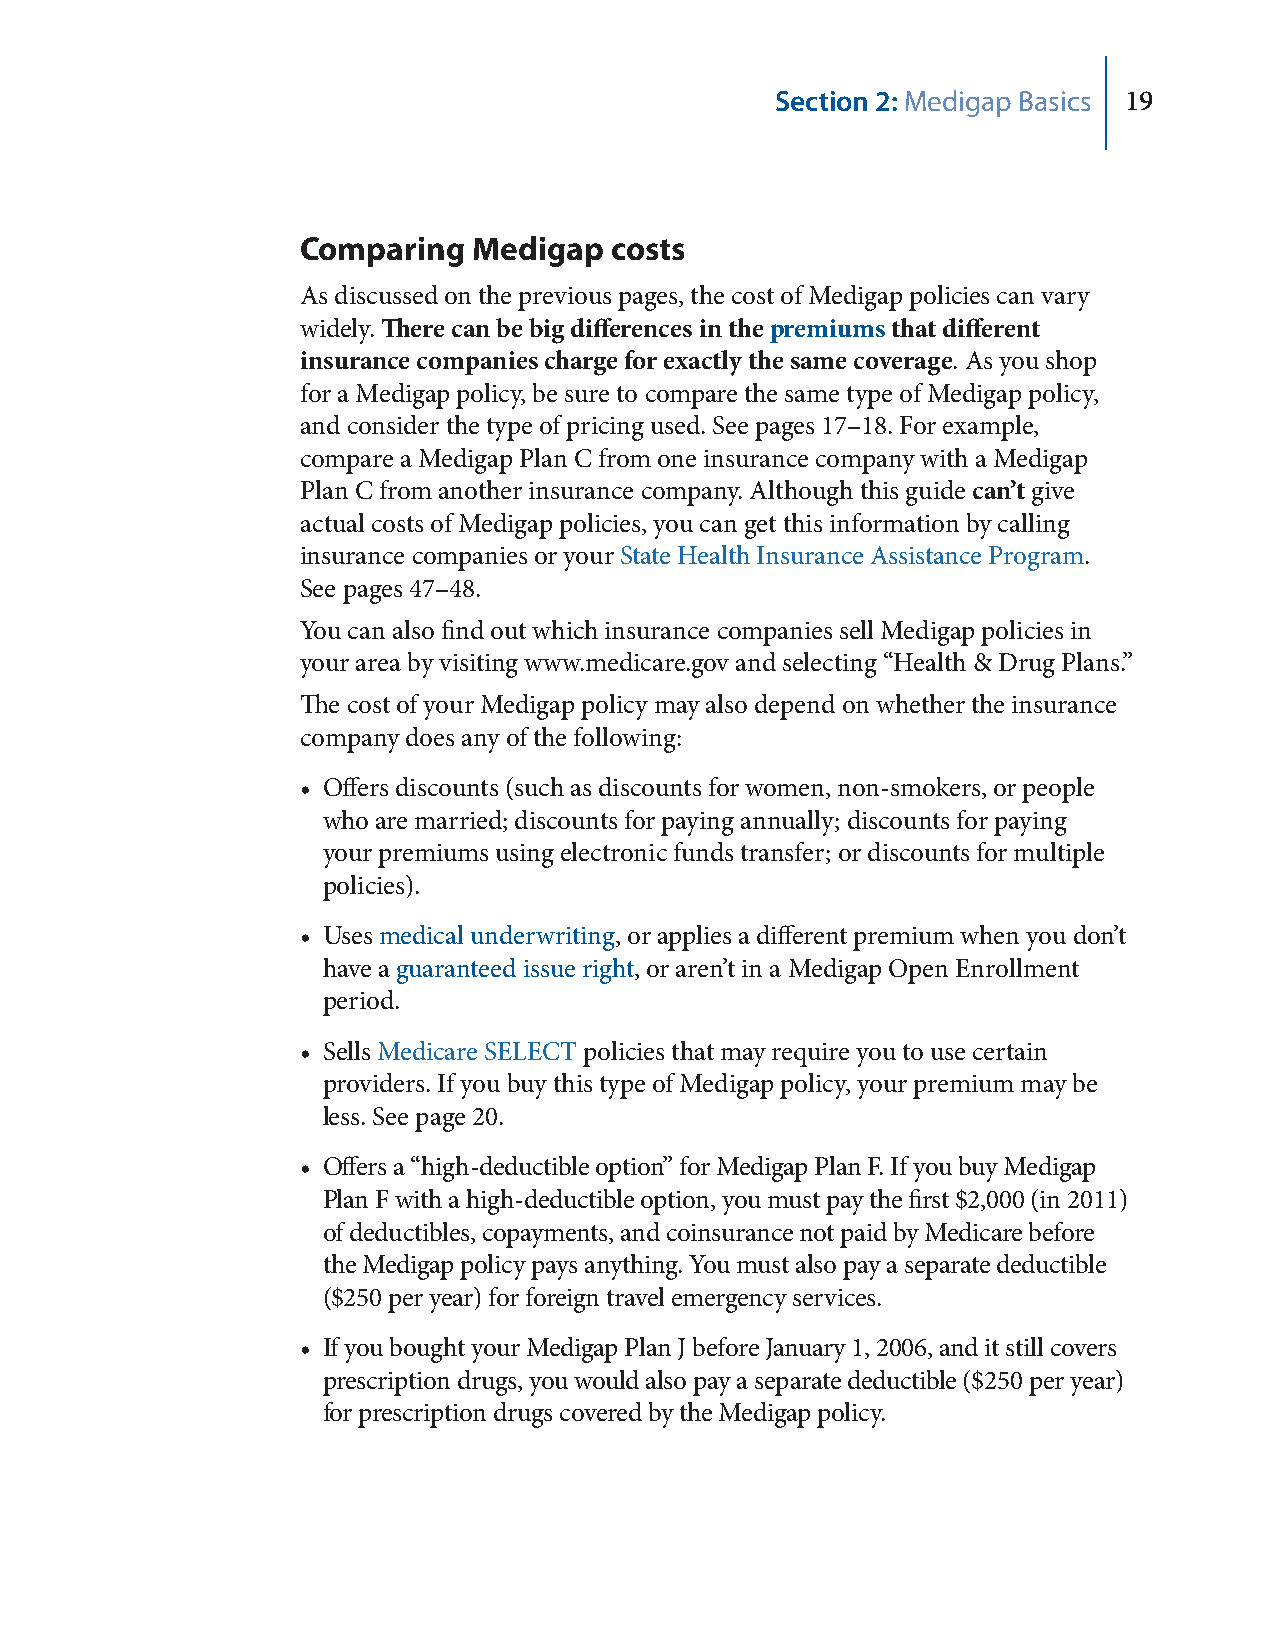
Section 2: Medigap Basics 19
 Comparing  Medigap  costs
 As discussed on the previous pages, the cost of Medigap policies can vary
 widely. There can be big differences in the premiums that different
 insurance companies charge for exactly the same coverage. As you shop
 for a Medigap policy, be sure to compare the same type of Medigap policy,
 and consider the type of pricing used. See pages 17–18. For example,
 compare a Medigap Plan C from one insurance company with a Medigap
 Plan C from another insurance company. Although this guide can’t give
 actual costs of Medigap policies, you can get this information by calling
 insurance companies or your State Health Insurance Assistance Program.
 See pages 47–48.
 You can also find out which insurance companies sell Medigap policies in
 your area by visiting www.medicare.gov and selecting “Health & Drug Plans.”
 The cost of your Medigap policy may also depend on whether the insurance
 company does any of the following:
 • Offers discounts (such as discounts for women, non-smokers, or people
 who are married; discounts for paying annually; discounts for paying
 your premiums using electronic funds transfer; or discounts for multiple
 policies).
 • Uses medical underwriting, or applies a different premium when you don’t
 have a guaranteed issue right, or aren’t in a Medigap Open Enrollment
 period.
 • Sells Medicare SELECT policies that may require you to use certain
 providers. If you buy this type of Medigap policy, your premium may be
 less. See page 20.
 • Offers a “high-deductible option” for Medigap Plan F. If you buy Medigap
 Plan F with a high-deductible option, you must pay the first $2,000 (in 2011)
 of deductibles, copayments, and coinsurance not paid by Medicare before
 the Medigap policy pays anything. You must also pay a separate deductible
 ($250 per year) for foreign travel emergency services.
 • If you bought your Medigap Plan J before January 1, 2006, and it still covers
 prescription drugs, you would also pay a separate deductible ($250 per year)
 for prescription drugs covered by the Medigap policy.